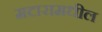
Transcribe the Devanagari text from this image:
मटारामधील